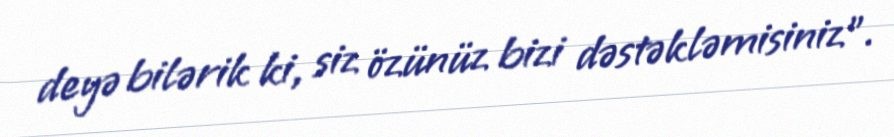
deyə bilərik ki, siz özünüz bizi dəstəkləmisiniz”.